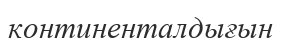
континенталдығын